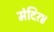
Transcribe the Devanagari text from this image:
मंदिर४